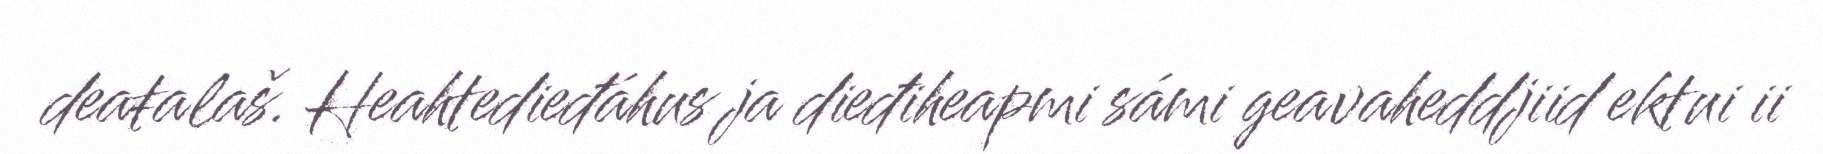
deaŧalaš. Heahtedieđáhus ja dieđiheapmi sámi geavaheddjiid ektui ii